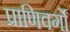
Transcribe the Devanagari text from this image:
प्राणिवर्गों